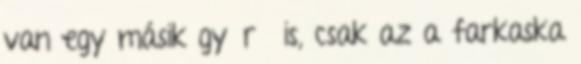
van egy másik gyűrű is, csak az a farkaska